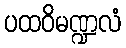
ပထဝိမဏ္ဍလံ